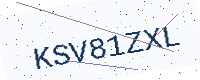
Text: KSV81ZXL